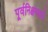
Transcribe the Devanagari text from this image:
पूर्वनिश्चयनाने